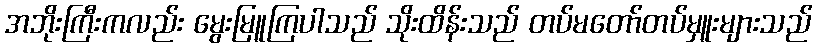
အဘိုးကြီးကလည်း မွေးမြူကြပါသည် သိုးထိန်းသည် တပ်မတော်တပ်မှူးများသည်